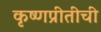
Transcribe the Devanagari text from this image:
कृष्णप्रीतीची